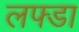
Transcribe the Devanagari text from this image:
लफ्डा